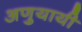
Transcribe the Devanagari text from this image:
अणुयायी